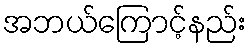
အဘယ်ကြောင့်နည်း